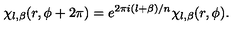
\chi _ { l , \beta } ( r , \phi + 2 \pi ) = e ^ { 2 \pi i ( l + \beta ) / n } \chi _ { l , \beta } ( r , \phi ) .